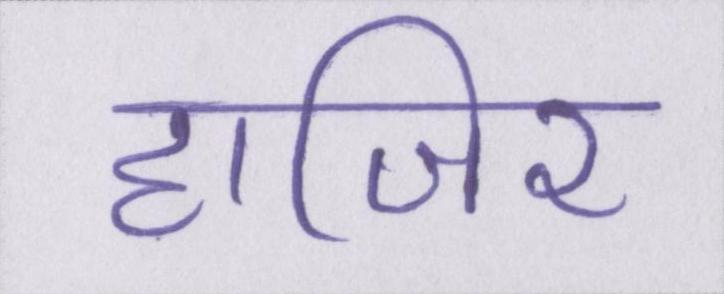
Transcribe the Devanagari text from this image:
हाजिर